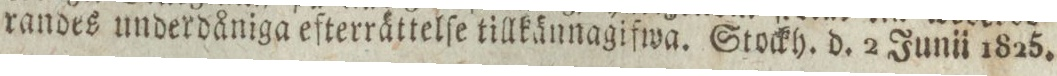
randes underdåniga efterrättelſe tillkännagifwa. Stockh. d. 2 Junii 1825.